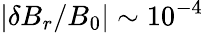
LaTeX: |\delta B_{r}/B_{0}|\sim 10^{-4}